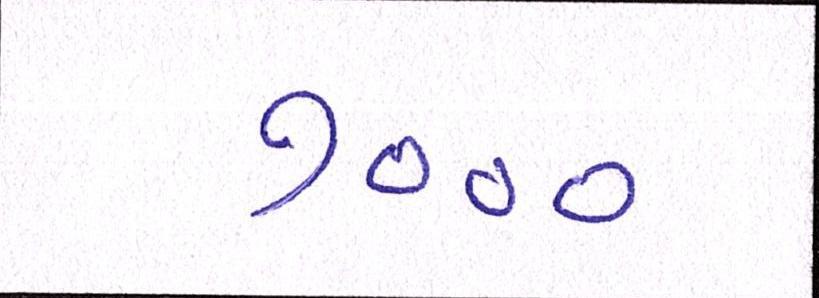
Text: ૭૦૦૦